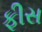
ફીસ